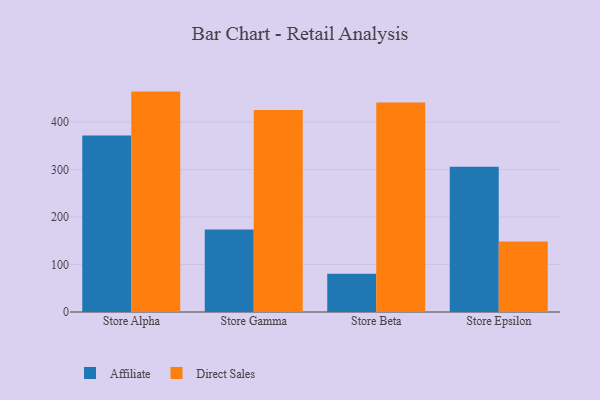
{"axis": {"x": "Store", "y": "Demand Index"}, "legend": ["Affiliate", "Direct Sales"], "data": [{"x": "Store Alpha", "y": 371.4, "type": "Affiliate"}, {"x": "Store Alpha", "y": 464.1, "type": "Direct Sales"}, {"x": "Store Gamma", "y": 173.6, "type": "Affiliate"}, {"x": "Store Gamma", "y": 425.1, "type": "Direct Sales"}, {"x": "Store Beta", "y": 80.6, "type": "Affiliate"}, {"x": "Store Beta", "y": 441.3, "type": "Direct Sales"}, {"x": "Store Epsilon", "y": 305.9, "type": "Affiliate"}, {"x": "Store Epsilon", "y": 148.4, "type": "Direct Sales"}]}